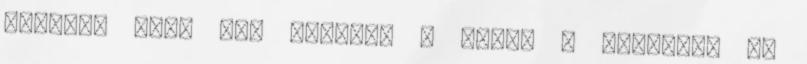
Valaki, akit nem érdekel a játék a csalókat se